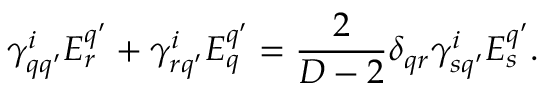
\gamma _ { q q ^ { \prime } } ^ { i } { \cal E } _ { r } ^ { q ^ { \prime } } + \gamma _ { r q ^ { \prime } } ^ { i } { \cal E } _ { q } ^ { q ^ { \prime } } = { \frac { 2 } { D - 2 } } \delta _ { q r } \gamma _ { s q ^ { \prime } } ^ { i } { \cal E } _ { s } ^ { q ^ { \prime } } .